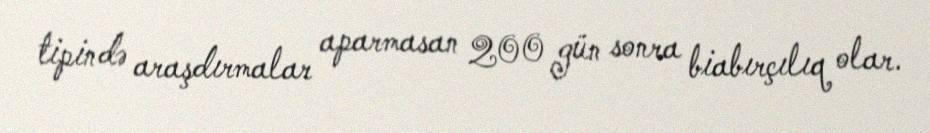
tipində araşdırmalar aparmasan 200 gün sonra biabırçılıq olar.